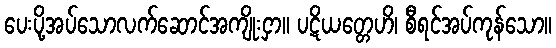
ပေးပို့အပ်သောလက်ဆောင်အကျိုးငှာ။ ပဋိယတ္တေဟိ၊ စီရင်အပ်ကုန်သော။